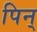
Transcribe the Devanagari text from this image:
पिन्